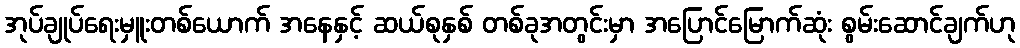
အုပ်ချုပ်ရေးမှူးတစ်ယောက် အနေနှင့် ဆယ်စုနှစ် တစ်ခုအတွင်းမှာ အပြောင်မြောက်ဆုံး စွမ်းဆောင်ချက်ဟု